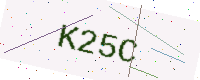
Text: K25C